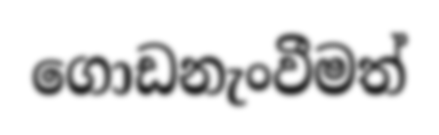
ගොඩනැංවීමත්